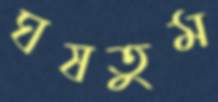
ঘষতুম